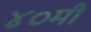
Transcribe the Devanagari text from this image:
४०मी